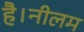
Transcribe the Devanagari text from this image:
है।नीलम